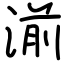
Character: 湔